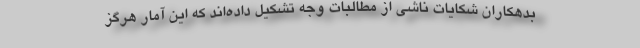
بدهکاران شکایات ناشی از مطالبات وجه تشکیل داده‌اند که این آمار هرگز